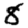
Digit: 8